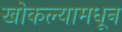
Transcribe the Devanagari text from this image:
खोकल्यामधून